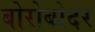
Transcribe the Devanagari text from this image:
बोरोबोदर